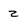
Character: 2